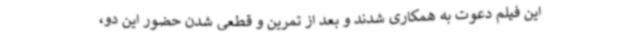
این فیلم دعوت به همکاری شدند و بعد از تمرین و قطعی شدن حضور این دو،